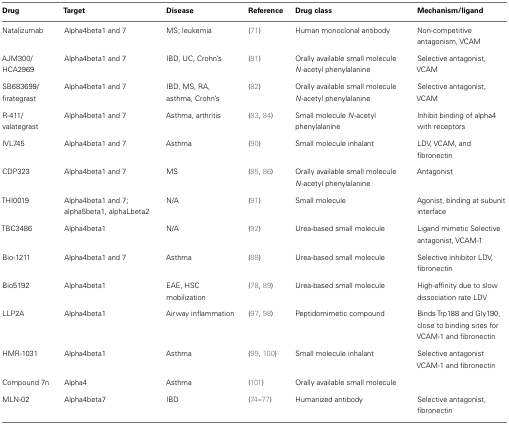
<table><thead><tr><td><b>Drug</b></td><td><b>Target</b></td><td><b>Disease</b></td><td><b>Reference</b></td><td><b>Drug class</b></td><td><b>Mechanism/ligand</b></td></tr></thead><tbody><tr><td>Natalizumab</td><td>Alpha4beta1 and 7</td><td>MS; leukemia</td><td>(71)</td><td>Human monoclonal antibody</td><td>Non-competitive antagonism, VCAM</td></tr><tr><td>AJM300/HCA2969</td><td>Alpha4beta1 and 7</td><td>IBD, UC, Crohn’s</td><td>(81)</td><td>Orally available small molecule <i>N</i>-acetyl phenylalanine</td><td>Selective antagonist, VCAM</td></tr><tr><td>SB683699/firategrast</td><td>Alpha4beta1 and 7</td><td>IBD, MS, RA, asthma, Crohn’s</td><td>(82)</td><td>Orally available small molecule <i>N</i>-acetyl phenylalanine</td><td>Selective antagonist, VCAM</td></tr><tr><td>R-411/valategrast</td><td>Alpha4beta1 and 7</td><td>Asthma, arthritis</td><td>(83, 84)</td><td>Small molecule <i>N</i>-acetyl phenylalanine</td><td>Inhibit binding of alpha4 with receptors</td></tr><tr><td>IVL745</td><td>Alpha4beta1 and 7</td><td>Asthma</td><td>(90)</td><td>Small molecule inhalant</td><td>LDV, VCAM, and fibronectin</td></tr><tr><td>CDP323</td><td>Alpha4beta1 and 7</td><td>MS</td><td>(85, 86)</td><td>Orally available small molecule <i>N</i>-acetyl phenylalanine</td><td>Antagonist</td></tr><tr><td>THI0019</td><td>Alpha4beta1 and 7; alpha5beta1, alphaLbeta2</td><td>N/A</td><td>(91)</td><td>Small molecule</td><td>Agonist, binding at subunit interface</td></tr><tr><td>TBC3486</td><td>Alpha4beta1</td><td>N/A</td><td>(92)</td><td>Urea-based small molecule</td><td>Ligand mimetic Selective antagonist, VCAM-1</td></tr><tr><td>Bio-1211</td><td>Alpha4beta1 and 7</td><td>Asthma</td><td>(88)</td><td>Urea-based small molecule</td><td>Selective inhibitor LDV, fibronectin</td></tr><tr><td>Bio5192</td><td>Alpha4beta1</td><td>EAE, HSC mobilization</td><td>(78, 89)</td><td>Urea-based small molecule</td><td>High-affinity due to slow dissociation rate LDV</td></tr><tr><td>LLP2A</td><td>Alpha4beta1</td><td>Airway inflammation</td><td>(97, 98)</td><td>Peptidomimetic compound</td><td>Binds Trp188 and Gly190, close to binding sites for VCAM-1 and fibronectin</td></tr><tr><td>HMR-1031</td><td>Alpha4beta1</td><td>Asthma</td><td>(99, 100)</td><td>Small molecule inhalant</td><td>Selective antagonist VCAM-1 and fibronectin</td></tr><tr><td>Compound 7n</td><td>Alpha4</td><td>Asthma</td><td>(101)</td><td>Orally available small molecule</td><td></td></tr><tr><td>MLN-02</td><td>Alpha4beta7</td><td>IBD</td><td>(74–77)</td><td>Humanized antibody</td><td>Selective antagonist, fibronectin</td></tr></tbody></table>